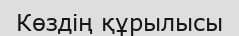
Көздің құрылысы